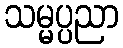
သမ္မပ္ပညာ